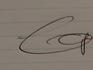
Signature authenticity: genuine